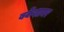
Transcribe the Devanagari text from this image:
बर्केशायर